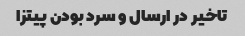
تاخیر در ارسال و سرد بودن پیتزا